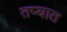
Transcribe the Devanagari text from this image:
तप्यात